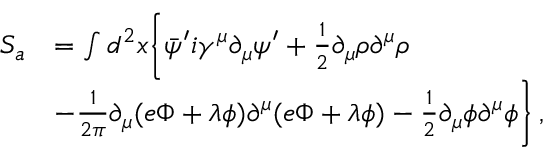
\begin{array} { r l } { S _ { a } } & { = \int d ^ { 2 } x \bigg \{ \bar { \psi } ^ { \prime } i \gamma ^ { \mu } \partial _ { \mu } \psi ^ { \prime } + \frac { 1 } { 2 } \partial _ { \mu } \rho \partial ^ { \mu } \rho } \\ & { - \frac { 1 } { 2 \pi } \partial _ { \mu } ( e \Phi + \lambda \phi ) \partial ^ { \mu } ( e \Phi + \lambda \phi ) - \frac { 1 } { 2 } \partial _ { \mu } \phi \partial ^ { \mu } \phi \bigg \} \, , } \end{array}